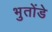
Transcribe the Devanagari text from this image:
भुतोंडे